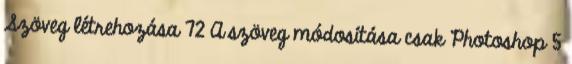
Szöveg létrehozása 72 A szöveg módosítása csak Photoshop 5